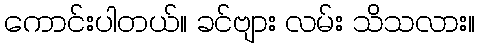
ကောင်းပါတယ်။ ခင်ဗျား လမ်း သိသလား။